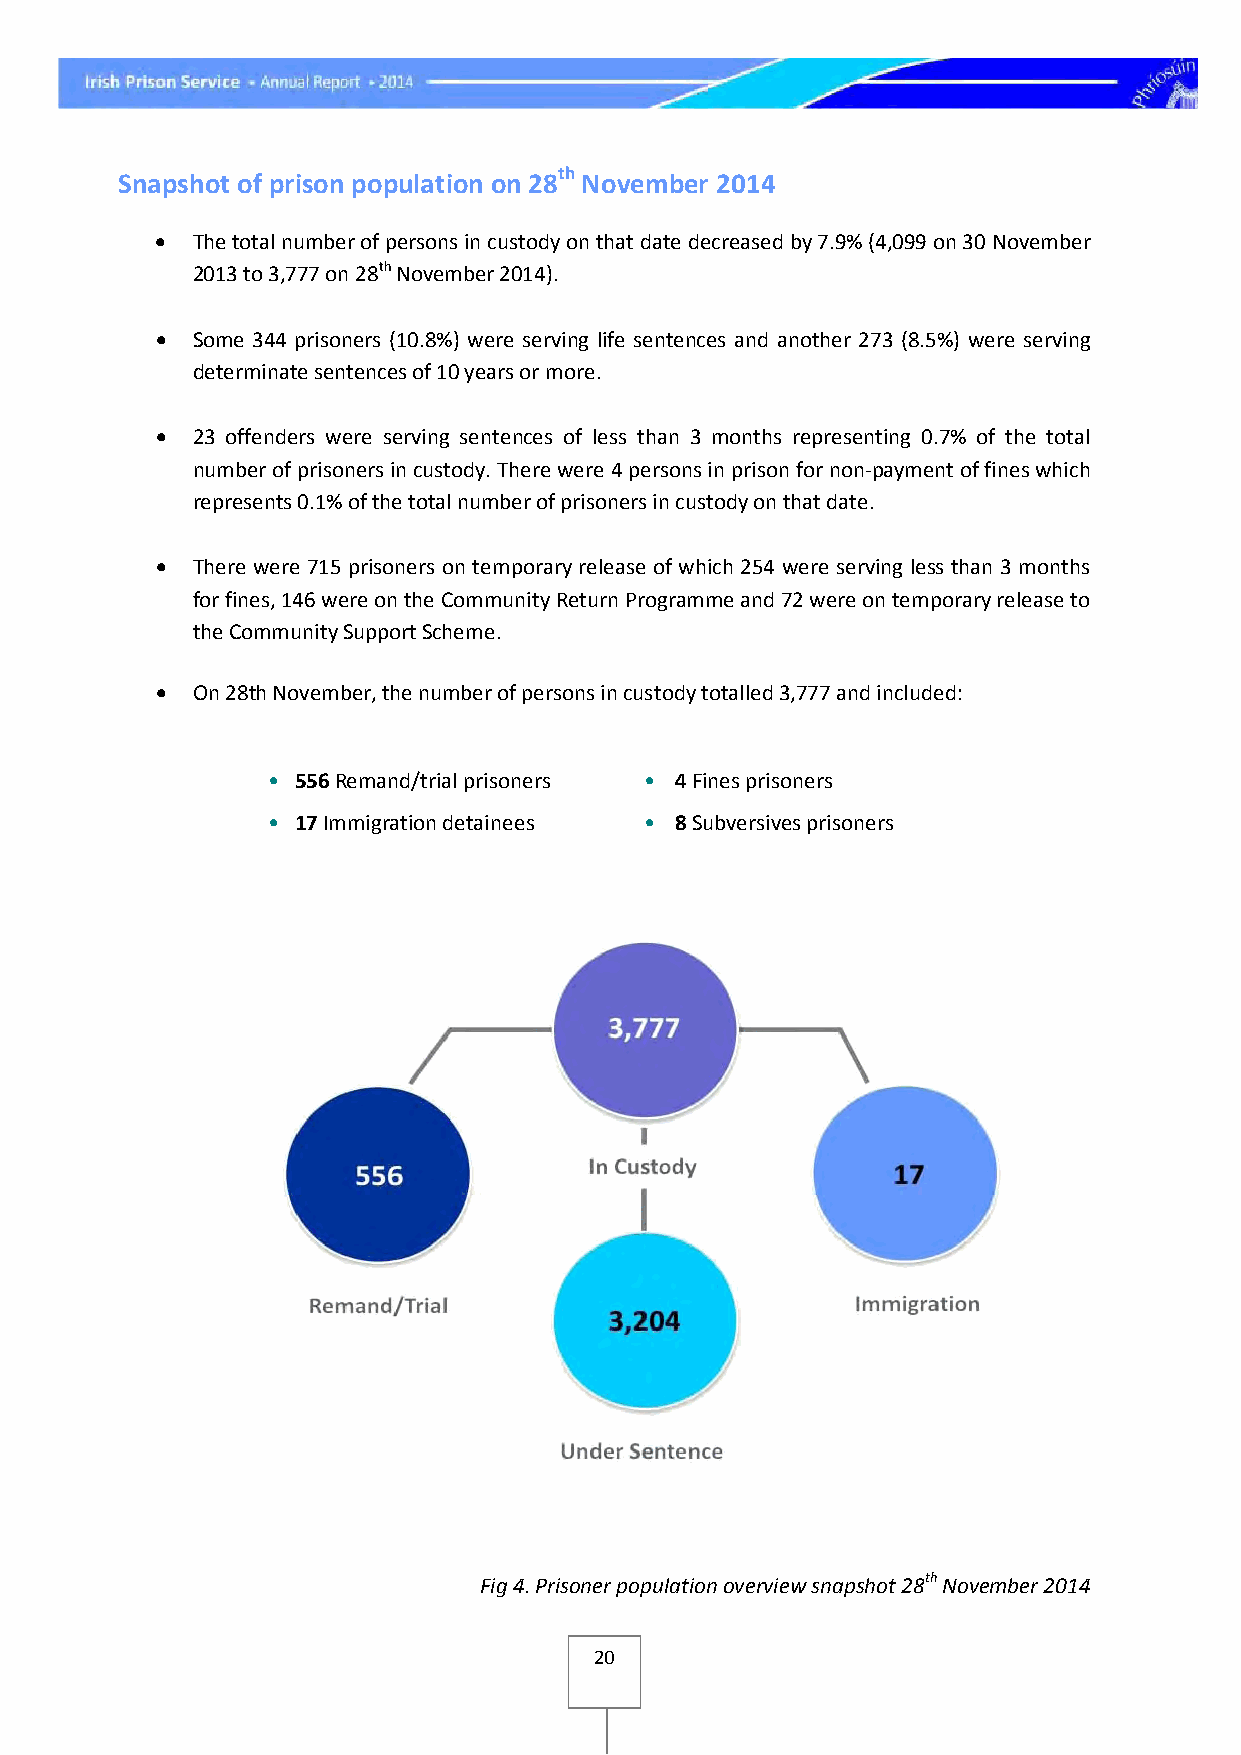
th
 Snapshot of prison population on 28 November 2014
 •  The total number of persons in custody on that date decreased by 7.9% (4,099 on 30 November
 2013 to 3,777 on 28th November 2014).
 •  Some 344 prisoners (10.8%) were serving life sentences and another 273 (8.5%) were serving
 determinate sentences of 10 years or more.
 •  23 offenders were serving sentences of less than 3 months representing 0.7% of the total
 number of prisoners in custody. There were 4 persons in prison for non-payment of fines which
 represents 0.1% of the total number of prisoners in custody on that date.
 •  There were 715 prisoners on temporary release of which 254 were serving less than 3 months
 for fines, 146 were on the Community Return Programme and 72 were on temporary release to
 the Community Support Scheme.
 •  On 28th November, the number of persons in custody totalled 3,777 and included:
 • 556 Remand/trial prisoners • 4 Fines prisoners
 • 17 Immigration detainees • 8 Subversives prisoners
 Fig 4. Prisoner population overview snapshot 28th November 2014
 20